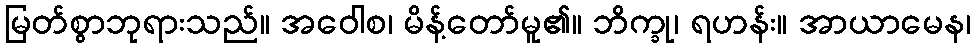
မြတ်စွာဘုရားသည်။ အဝေါစ၊ မိန့်တော်မူ၏။ ဘိက္ခု၊ ရဟန်း။ အာယာမေန၊